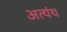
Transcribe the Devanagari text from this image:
अत्यंथ